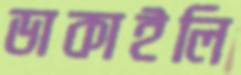
ডাকাইলি